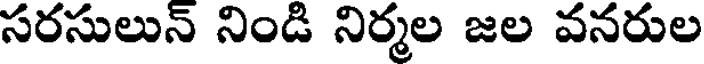
సరసులున్ నిండి నిర్మల జల వనరుల